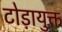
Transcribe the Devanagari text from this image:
टोड़ायुक्त